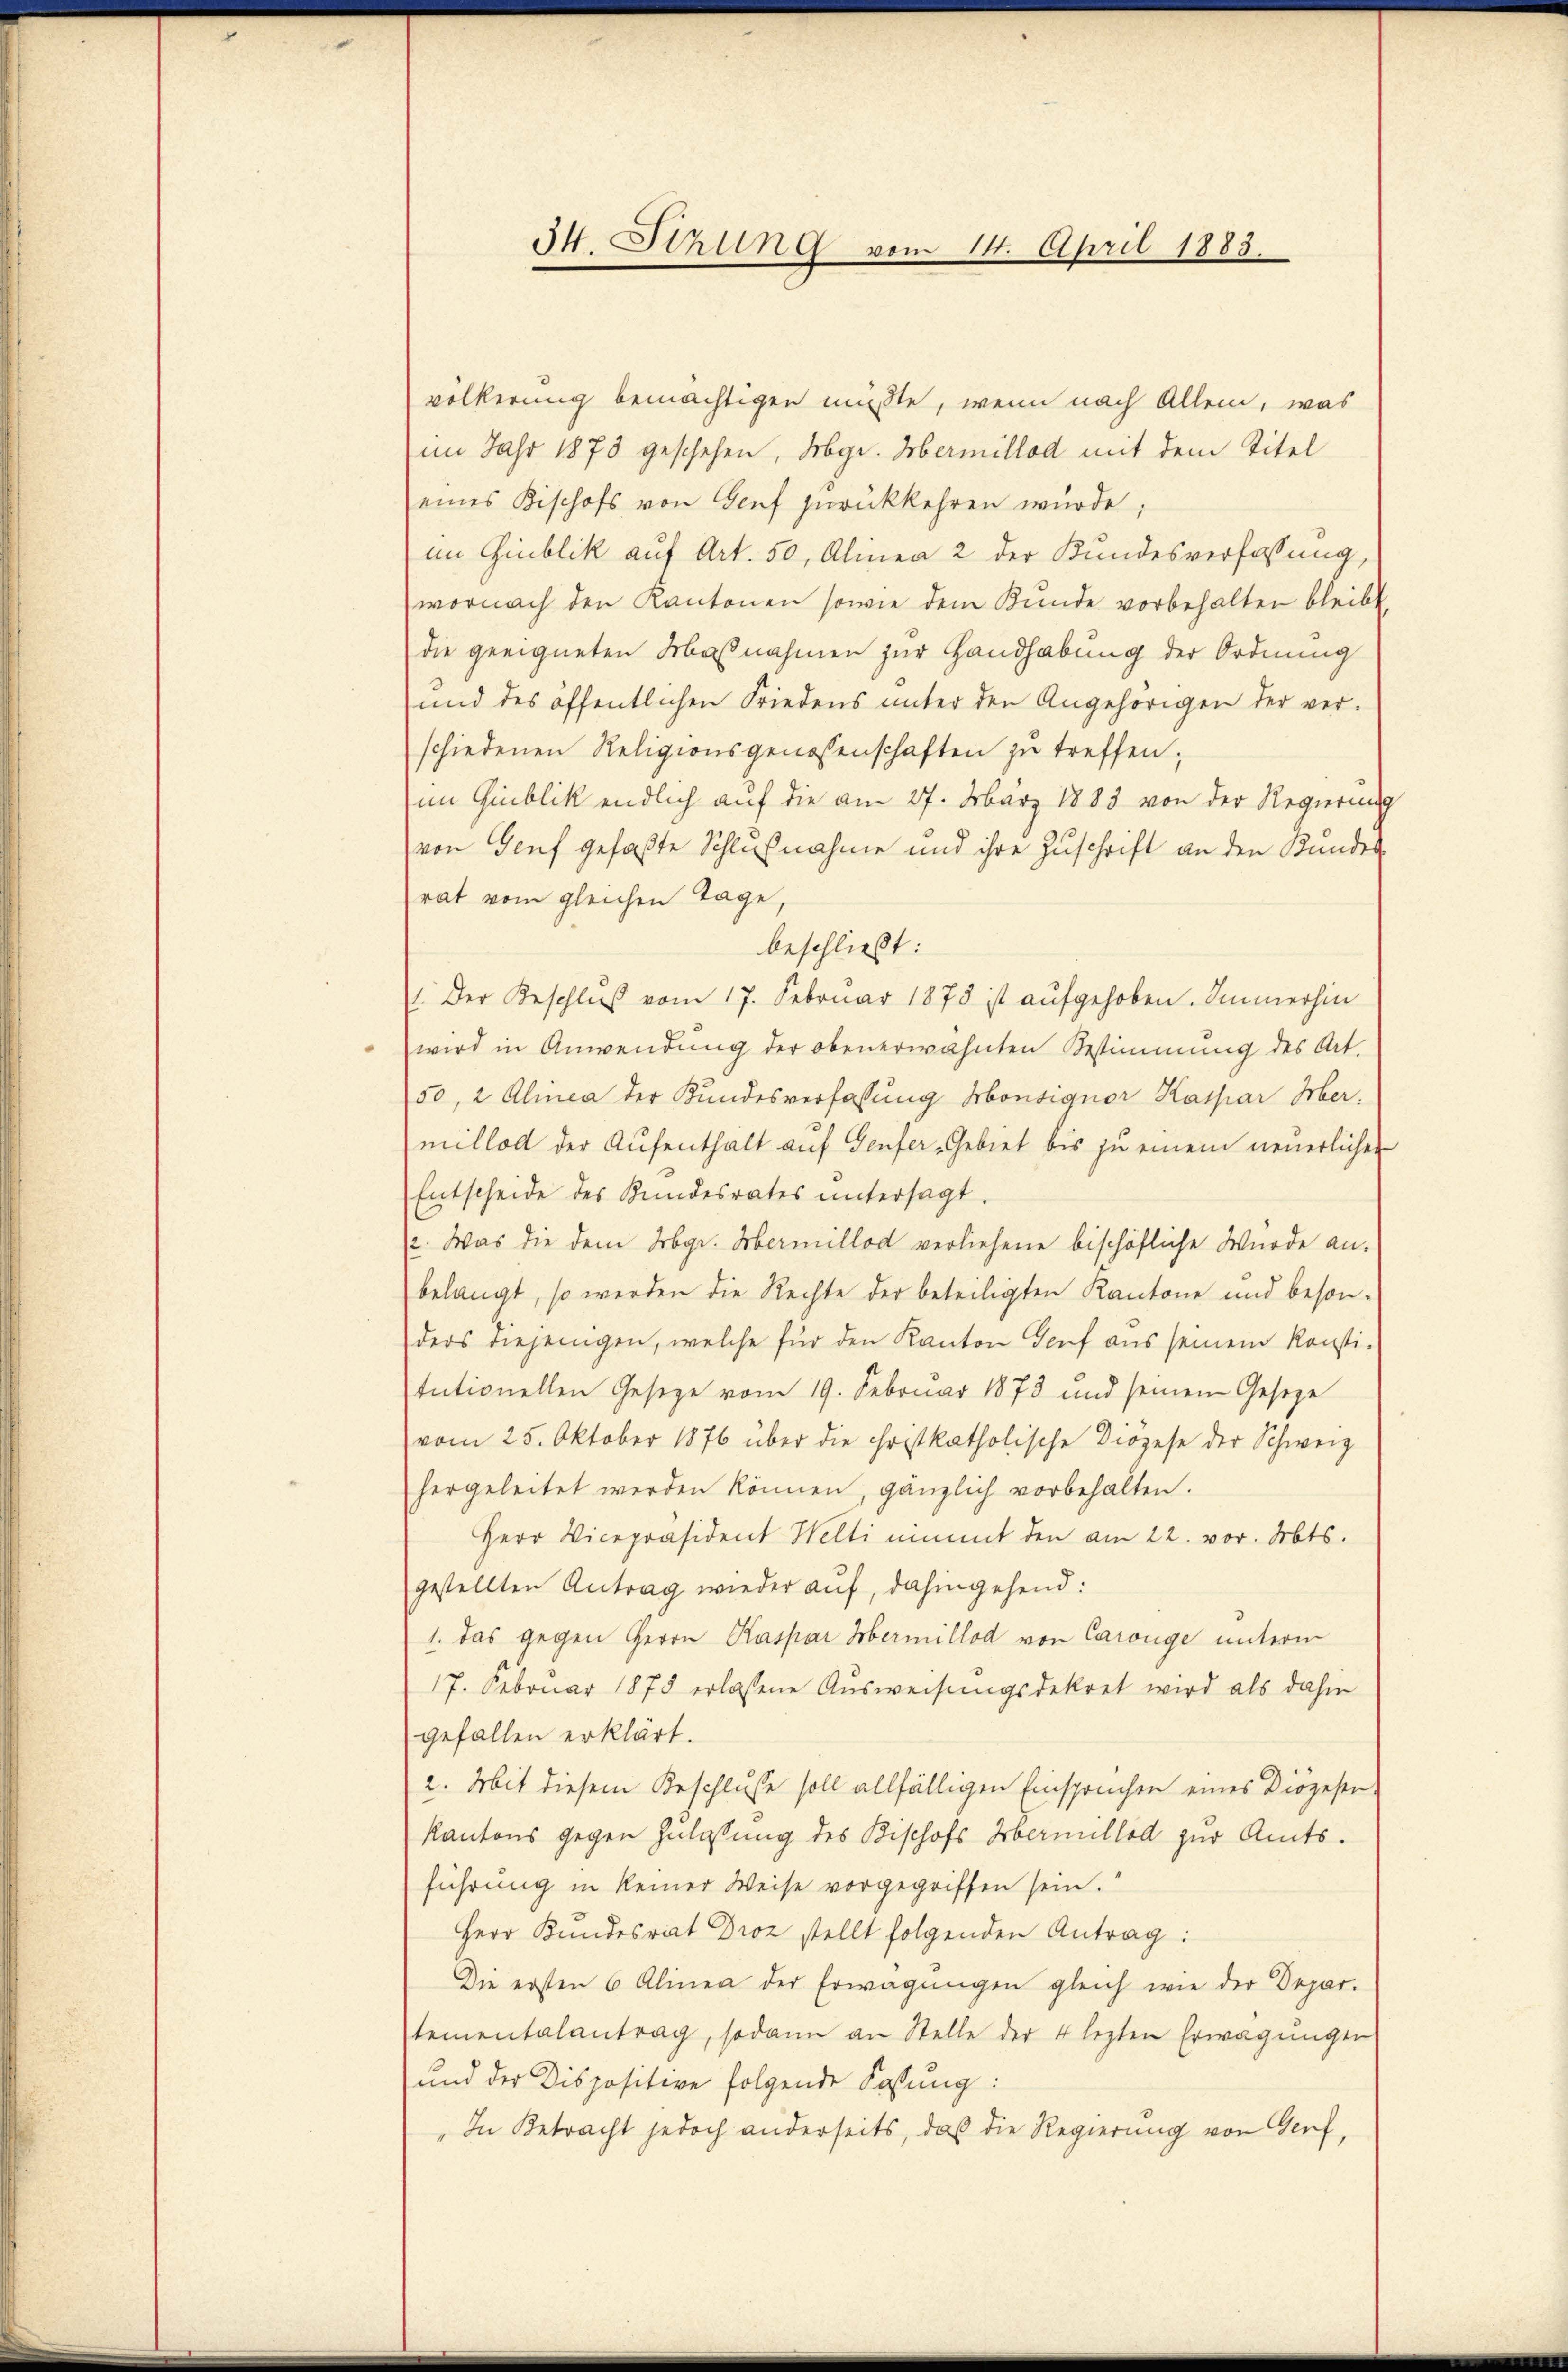
H. Sitzung vom 14. April 1883.

völkerung bemächtigen müsste, wenn nach Allem, was
im Jahr 1873 geschehen, gr. Hermillod mit dem Titel
eines Kischofs von Genf zŭrückkehren würde;
im Giublik auf Art. 50, Alinea 2 der Kundesverfassung,
wornach den Kantonen sowie dem Kunde vorbehalten bleibt.
die geeigneten Maßnahmen zur Handhabung der Ordnung
und des öffentlichen Friedens unter den Angehörigen der ver-
schiedenen Religionsgenossenschaften zu treffen,
im Grublik endlich auf die am 27. März 1883 von der Regierung
von Genf gefaßte Schlußnahme und ihre Zuschrift an den Kundes
rat vom gleichen Tage,
beschließt:
.Der Beschlŭβ vom 17. Februar 1873 ist aŭfgehoben. Immerhin
wird in Anwendung der obenerwähnten Bestimmung des Art.
50, 2 Alinea der Kundesverfassung Monsignor Kaspar Her
milloll der Aŭfenthalt aŭf Genfer-Gebiet bis zu einem neuerlichen
Entscheide des Kundesrates untersagt.
2. Was die dem Kgr. Hermillod verliehene bischöfliche Wurde an.
belangt, so werden die Rechte der beteiligten Kantone und beson-
ders diejenigen, welche für den Kanton Genf aus seinem konsti-
tntionellen Gesetze vom 19. Februar 1873 und seinen Geseze
vom 25. Oktober 1876 über die christkatholische Diözese der Schweiz
hergeleitet werden können, gänzlich vorbehalten.
Herr Vicepräsident Welti nimmt den am 22. vor. Mts.
gestellten Antrag wieder auf, dahingehend:
1. das gegen Herrn Kaspar Hermillod von Carouge unterm
17. Februar 1875 erlassene Ausweisungsdekret wird als dahin
gefallen erklärt.
2. Mit diesem Beschlusse soll allfälligen Einspruchen eines Diözesen
Kantons gegen Zulassung des Bischofs Hernullod zur Amtsführung in keiner Weise vorgegriffen sein.
Herr Kundesrat Droz stellt folgenden Antrag:
Die ersten 6 Alinea der Erwägungen gleich wie der Depar-
tementalantrag, sodann an Stelle der 4 lezten Erwägungen
und der Dispositive folgende Kassung:
„In Betracht jedoch anderseits, daß die Regierung von Genf,